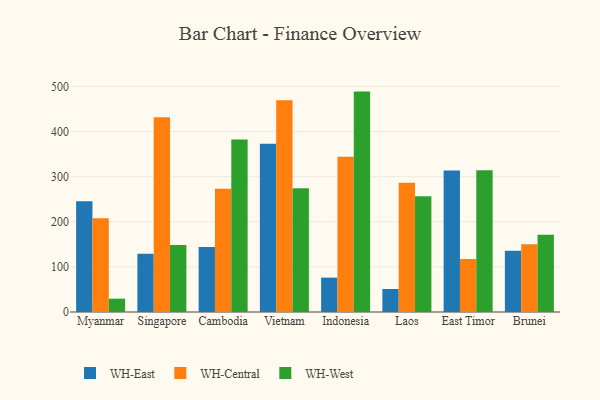
{"axis": {"x": "Country", "y": "Tickets Resolved"}, "legend": ["WH-Central", "WH-East", "WH-West"], "data": [{"x": "Myanmar", "y": 245.6, "type": "WH-East"}, {"x": "Myanmar", "y": 207.9, "type": "WH-Central"}, {"x": "Myanmar", "y": 29.5, "type": "WH-West"}, {"x": "Singapore", "y": 129.3, "type": "WH-East"}, {"x": "Singapore", "y": 431.8, "type": "WH-Central"}, {"x": "Singapore", "y": 148.6, "type": "WH-West"}, {"x": "Cambodia", "y": 143.9, "type": "WH-East"}, {"x": "Cambodia", "y": 272.9, "type": "WH-Central"}, {"x": "Cambodia", "y": 382.5, "type": "WH-West"}, {"x": "Vietnam", "y": 373.0, "type": "WH-East"}, {"x": "Vietnam", "y": 469.1, "type": "WH-Central"}, {"x": "Vietnam", "y": 274.1, "type": "WH-West"}, {"x": "Indonesia", "y": 76.2, "type": "WH-East"}, {"x": "Indonesia", "y": 343.9, "type": "WH-Central"}, {"x": "Indonesia", "y": 488.5, "type": "WH-West"}, {"x": "Laos", "y": 51.0, "type": "WH-East"}, {"x": "Laos", "y": 286.7, "type": "WH-Central"}, {"x": "Laos", "y": 256.6, "type": "WH-West"}, {"x": "East Timor", "y": 313.9, "type": "WH-East"}, {"x": "East Timor", "y": 117.5, "type": "WH-Central"}, {"x": "East Timor", "y": 314.0, "type": "WH-West"}, {"x": "Brunei", "y": 135.6, "type": "WH-East"}, {"x": "Brunei", "y": 149.9, "type": "WH-Central"}, {"x": "Brunei", "y": 171.4, "type": "WH-West"}]}